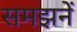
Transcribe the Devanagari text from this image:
समझनें